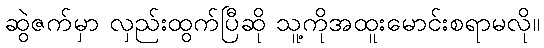
ဆွဲဇက်မှာ လှည်းထွက်ပြီဆို သူ့ကိုအထူးမောင်းစရာမလို။